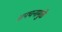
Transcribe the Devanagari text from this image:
अपचनामुळे